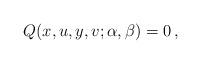
LaTeX: \begin{align*}Q(x,u,y,v;\alpha,\beta)=0\,,\end{align*}